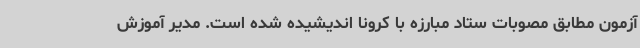
آزمون مطابق مصوبات ستاد مبارزه با کرونا اندیشیده شده است. مدیر آموزش